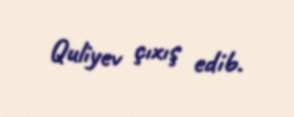
Quliyev çıxış edib.